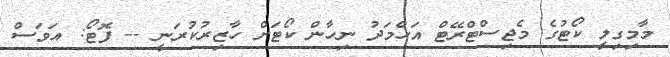
މާމިގިލީ ކޯޓުގެ މެޖިސްޓްރޭޓް އަހްމަދު ނިހާން ކޯޓަށް ހާޒިރުކުރަނީ -- ފޮޓޯ: އަވަސް